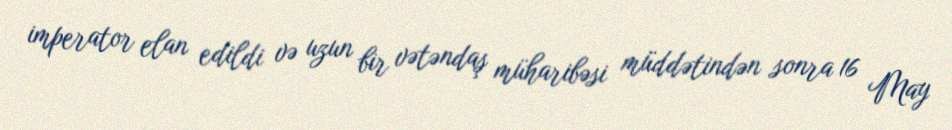
imperator elan edildi və uzun bir vətəndaş müharibəsi müddətindən sonra 16 May